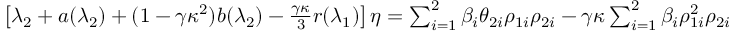
\begin{array} { r l } & { \left[ \lambda _ { 2 } + a ( \lambda _ { 2 } ) + ( 1 - \gamma \kappa ^ { 2 } ) b ( \lambda _ { 2 } ) - \frac { \gamma \kappa } { 3 } r ( \lambda _ { 1 } ) \right] \eta = \sum _ { i = 1 } ^ { 2 } \beta _ { i } \theta _ { 2 i } \rho _ { 1 i } \rho _ { 2 i } - { \gamma } \kappa \sum _ { i = 1 } ^ { 2 } \beta _ { i } \rho _ { 1 i } ^ { 2 } \rho _ { 2 i } } \end{array}